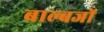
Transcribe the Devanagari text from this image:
बाल्बजों